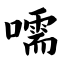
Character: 嚅